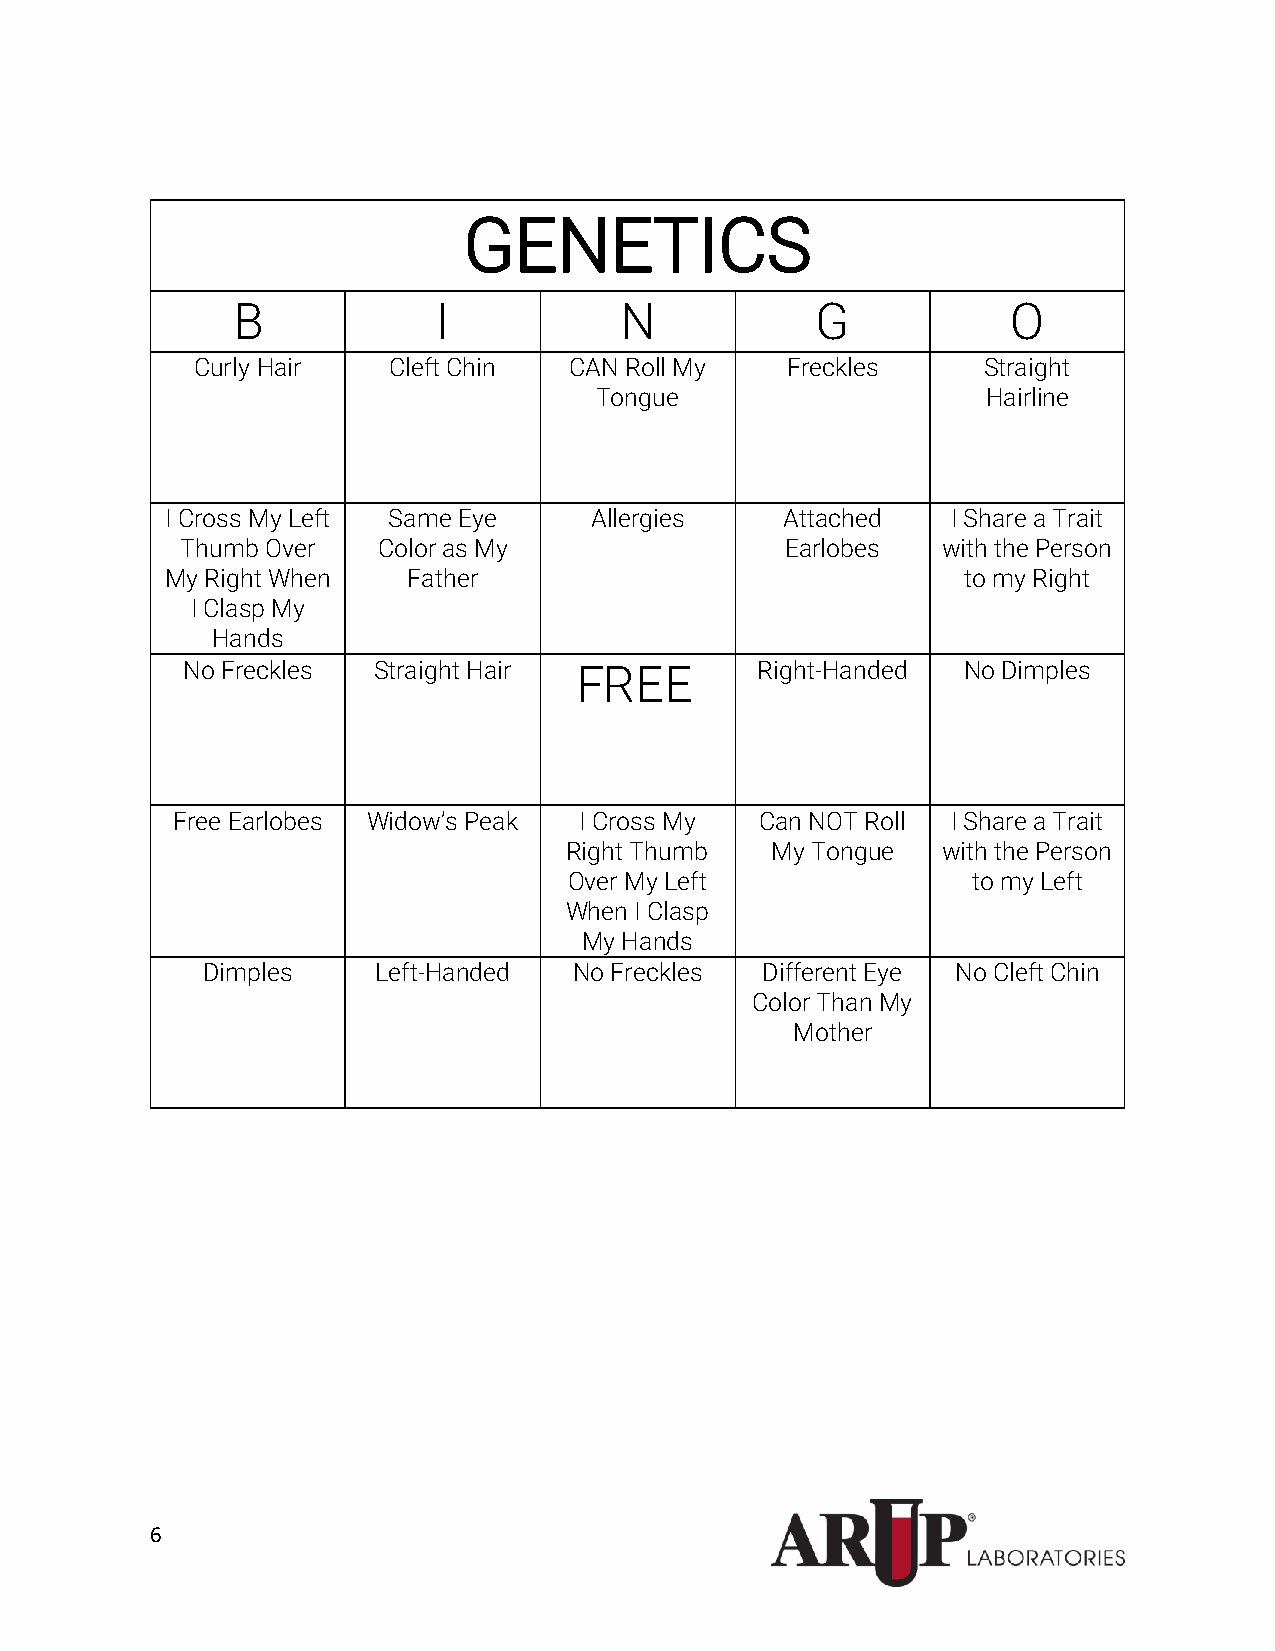
GENETICS
 B             I           N            G            O
 Curly Hair   Cleft Chin  CAN Roll My   Freckles     Straight
 Tongue                    Hairline
 I Cross My Left Same Eye    Allergies    Attached   I Share a Trait
 Thumb Over   Color as My                Earlobes  with the Person
 My Right When   Father                               to my Right
 I Clasp My
 Hands
 No Freckles  Straight Hair FREE       Right-Handed  No Dimples
 Free Earlobes Widow’s Peak I Cross My  Can NOT Roll I Share a Trait
 Right Thumb   My Tongue  with the Person
 Over My Left              to my Left
 When I Clasp
 My Hands
 Dimples     Left-Handed  No Freckles Different Eye No Cleft Chin
 Color Than My
 Mother
 6